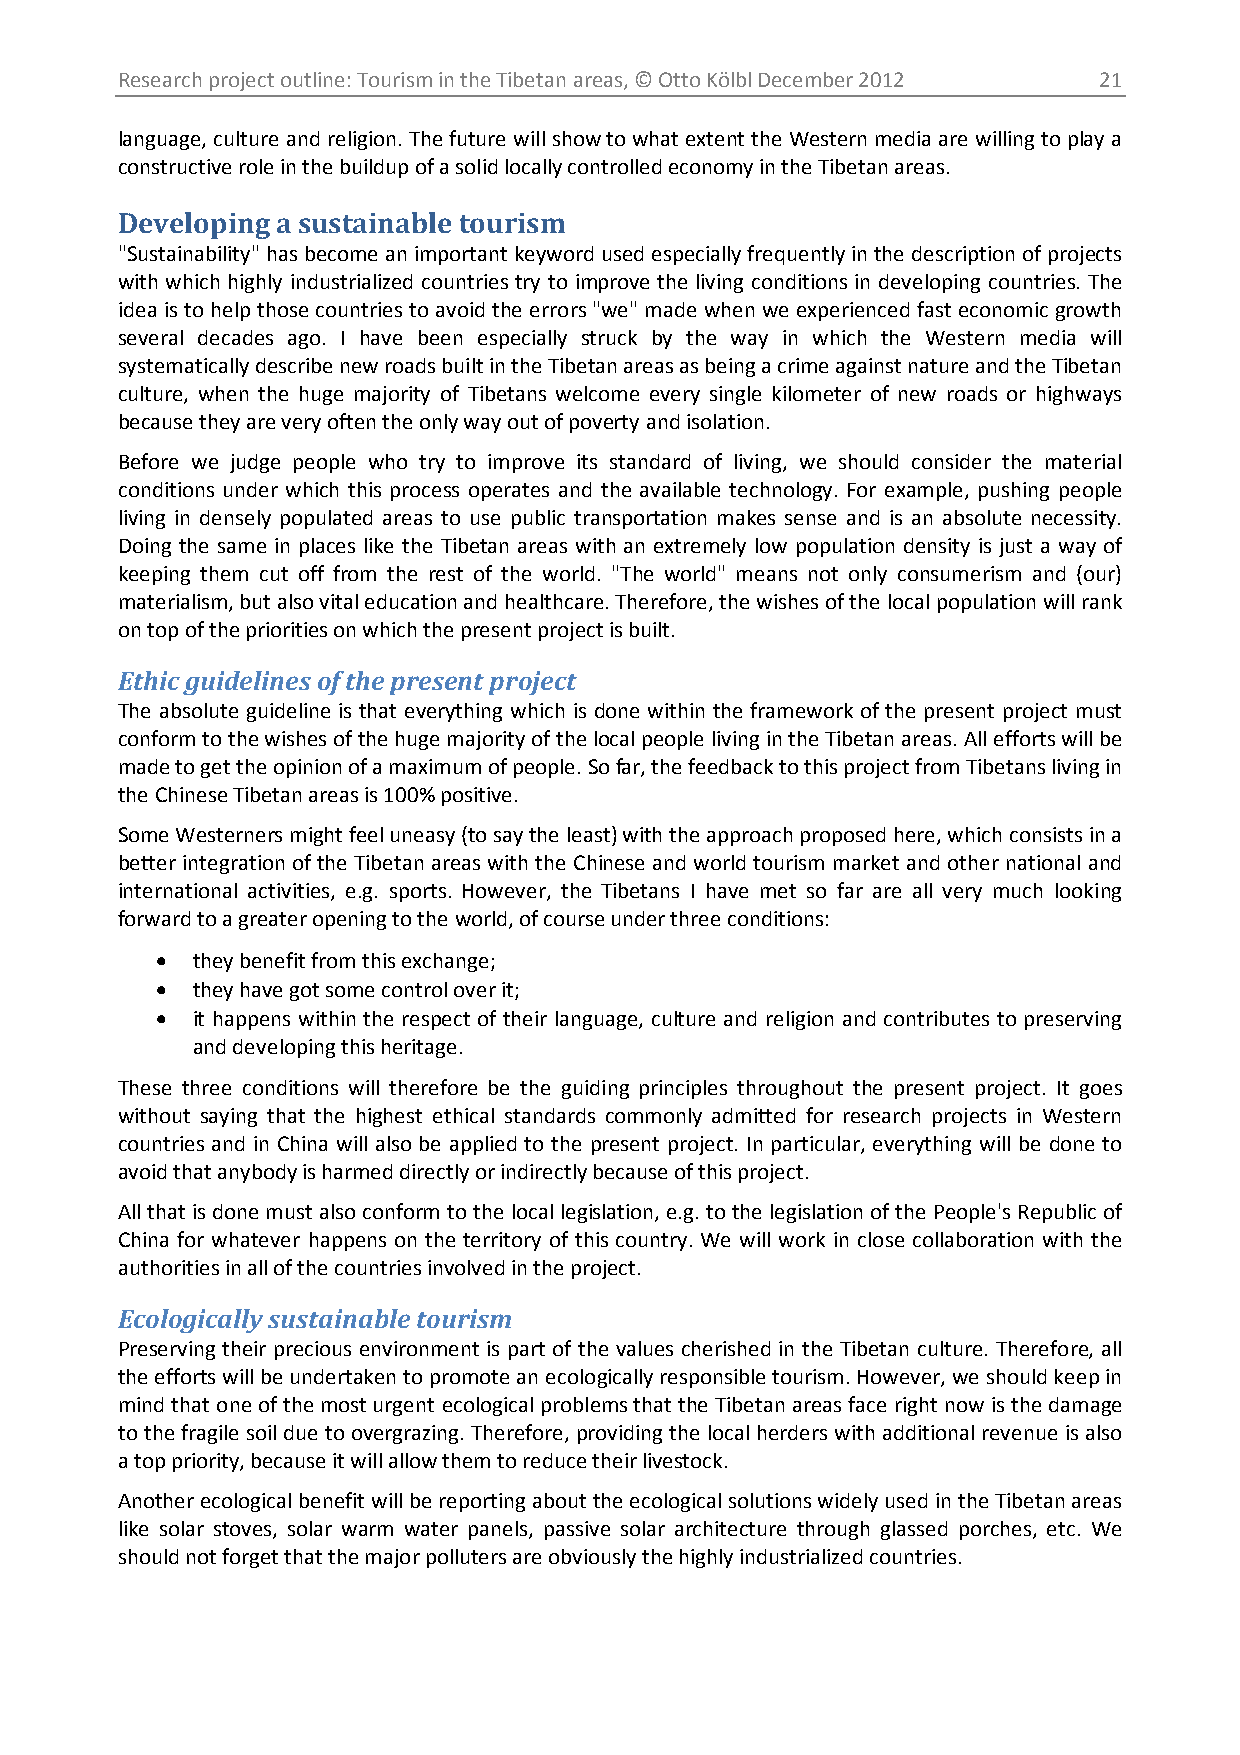
Research project outline: Tourism in the Tibetan areas, © Otto Kölbl December 2012 21
 language, culture and religion. The future will show to what extent the Western media are willing to play a
 constructive role in the buildup of a solid locally controlled economy in the Tibetan areas.
 Developing a sustainable tourism
 "Sustainability" has become an important keyword used especially frequently in the description of projects
 with which highly industrialized countries try to improve the living conditions in developing countries. The
 idea is to help those countries to avoid the errors "we" made when we experienced fast economic growth
 several decades ago. I have been especially struck by the way in which the Western media will
 systematically describe new roads built in the Tibetan areas as being a crime against nature and the Tibetan
 culture, when the huge majority of Tibetans welcome every single kilometer of new roads or highways
 because they are very often the only way out of poverty and isolation.
 Before we judge people who try to improve its standard of living, we should consider the material
 conditions under which this process operates and the available technology. For example, pushing people
 living in densely populated areas to use public transportation makes sense and is an absolute necessity.
 Doing the same in places like the Tibetan areas with an extremely low population density is just a way of
 keeping them cut off from the rest of the world. "The world" means not only consumerism and (our)
 materialism, but also vital education and healthcare. Therefore, the wishes of the local population will rank
 on top of the priorities on which the present project is built.
 Ethic guidelines of the present project
 The absolute guideline is that everything which is done within the framework of the present project must
 conform to the wishes of the huge majority of the local people living in the Tibetan areas. All efforts will be
 made to get the opinion of a maximum of people. So far, the feedback to this project from Tibetans living in
 the Chinese Tibetan areas is 100% positive.
 Some Westerners might feel uneasy (to say the least) with the approach proposed here, which consists in a
 better integration of the Tibetan areas with the Chinese and world tourism market and other national and
 international activities, e.g. sports. However, the Tibetans I have met so far are all very much looking
 forward to a greater opening to the world, of course under three conditions:
 •  they benefit from this exchange;
 •  they have got some control over it;
 •  it happens within the respect of their language, culture and religion and contributes to preserving
 and developing this heritage.
 These three conditions will therefore be the guiding principles throughout the present project. It goes
 without saying that the highest ethical standards commonly admitted for research projects in Western
 countries and in China will also be applied to the present project. In particular, everything will be done to
 avoid that anybody is harmed directly or indirectly because of this project.
 All that is done must also conform to the local legislation, e.g. to the legislation of the People's Republic of
 China for whatever happens on the territory of this country. We will work in close collaboration with the
 authorities in all of the countries involved in the project.
 Ecologically sustainable tourism
 Preserving their precious environment is part of the values cherished in the Tibetan culture. Therefore, all
 the efforts will be undertaken to promote an ecologically responsible tourism. However, we should keep in
 mind that one of the most urgent ecological problems that the Tibetan areas face right now is the damage
 to the fragile soil due to overgrazing. Therefore, providing the local herders with additional revenue is also
 a top priority, because it will allow them to reduce their livestock.
 Another ecological benefit will be reporting about the ecological solutions widely used in the Tibetan areas
 like solar stoves, solar warm water panels, passive solar architecture through glassed porches, etc. We
 should not forget that the major polluters are obviously the highly industrialized countries.